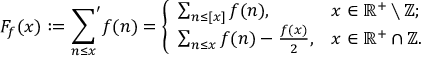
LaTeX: F _ { f } ( x ) : = { \sum _ { n \leq x } } ^ { \prime } f ( n ) = { \left\{ \begin{array} { l l } { \sum _ { n \leq [ x ] } f ( n ) , } & { x \in \mathbb { R } ^ { + } \setminus \mathbb { Z } ; } \\ { \sum _ { n \leq x } f ( n ) - { \frac { f ( x ) } { 2 } } , } & { x \in \mathbb { R } ^ { + } \cap \mathbb { Z } . } \end{array} \right. }